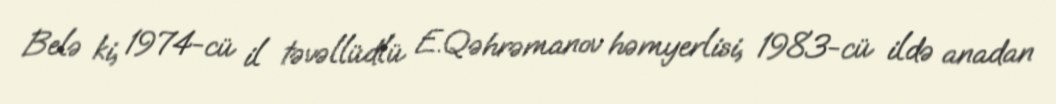
Belə ki, 1974-cü il təvəllüdlü E.Qəhrəmanov həmyerlisi, 1983-cü ildə anadan